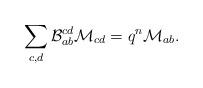
LaTeX: \begin{align*}\sum_{c,d}\mathcal{B}_{ab}^{cd}\mathcal{M}_{cd}=q^{n}\mathcal{M}_{ab}.\end{align*}